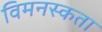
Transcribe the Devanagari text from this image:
विमनस्कता